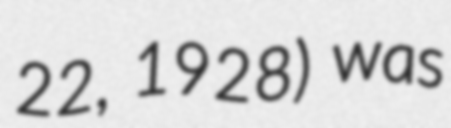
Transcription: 22, 1928) was